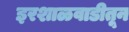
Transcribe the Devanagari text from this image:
इरशाळवाडीतून